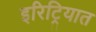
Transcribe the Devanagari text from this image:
इरिट्रियात